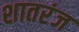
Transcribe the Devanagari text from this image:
शातरंज